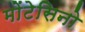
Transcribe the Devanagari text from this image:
मोंटेसिनो